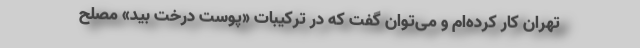
تهران کار کرده‌ام و می‌توان گفت که در ترکیبات «پوست درخت بید» مصلح